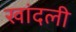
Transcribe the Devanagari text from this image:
खांदली